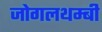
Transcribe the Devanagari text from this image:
जोगलथम्बी